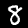
Digit: 8